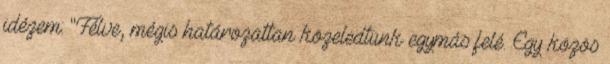
idézem: "Félve, mégis határozattan közeledtünk egymás felé. Egy közös